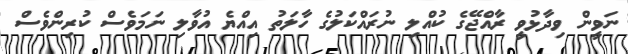
ނަވީން ވިދާޅުވީ ރާއްޖޭގެ ކުއްލި ނުރައްކަލުގެ ހާލަތު އިއްޔެ އުވާލި ނަމަވެސް ކުރިންވެސް